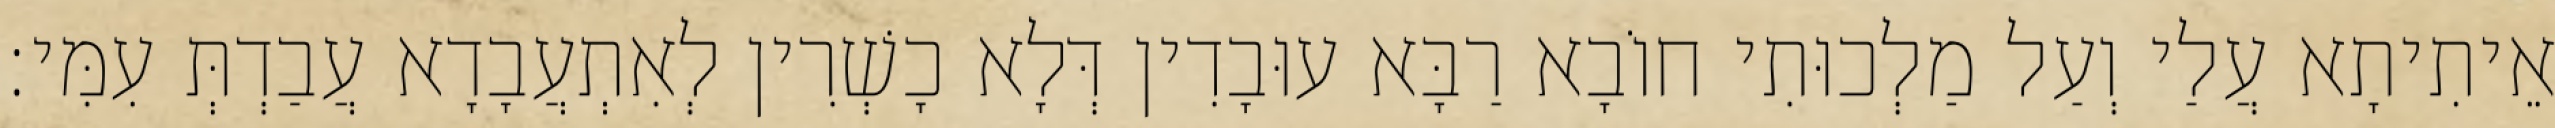
אֵיתִיתָא עֲלַי וְעַל מַלְכוּתִי חוֹבָא רַבָּא עוּבָדִין דְּלָא כָשְׁרִין לְאִתְעֲבָדָא עֲבַדְתְּ עִמִּי׃